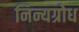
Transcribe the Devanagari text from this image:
निन्यग्रोध